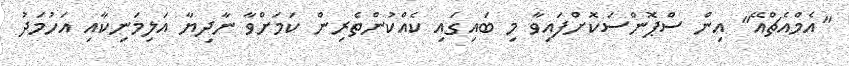
"އެމްއެޗްއޭ" އިން ސްޕޮންސަކޮށްފައިވާ މި ބައިގައި ކެއްކުންތެރިން ކަމަށްވާ ނާދިޔާ އަލިމަނިކާއި އަހުމަދު